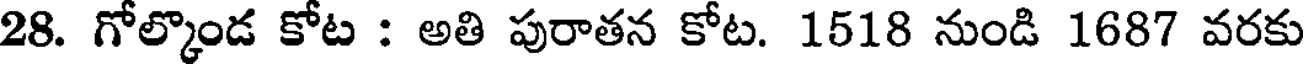
28. గోల్కొండ కోట : అతి పురాతన కోట. 1518 నుండి 1687 వరకు